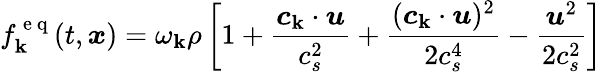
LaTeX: f_{\mathbf{k}}^{\mathrm{{~e~q~}}}(t,\boldsymbol{x})=\omega_{\mathbf{k}}\rho\left[1+\frac{{\boldsymbol{c}_{\mathbf{k}}\cdot\boldsymbol{u}}}{{c_{s}^{2}}}+\frac{{(\boldsymbol{c}_{\mathbf{k}}\cdot\boldsymbol{u})^{2}}}{{2c_{s}^{4}}}-\frac{{\boldsymbol{u}^{2}}}{{2c_{s}^{2}}}\right]